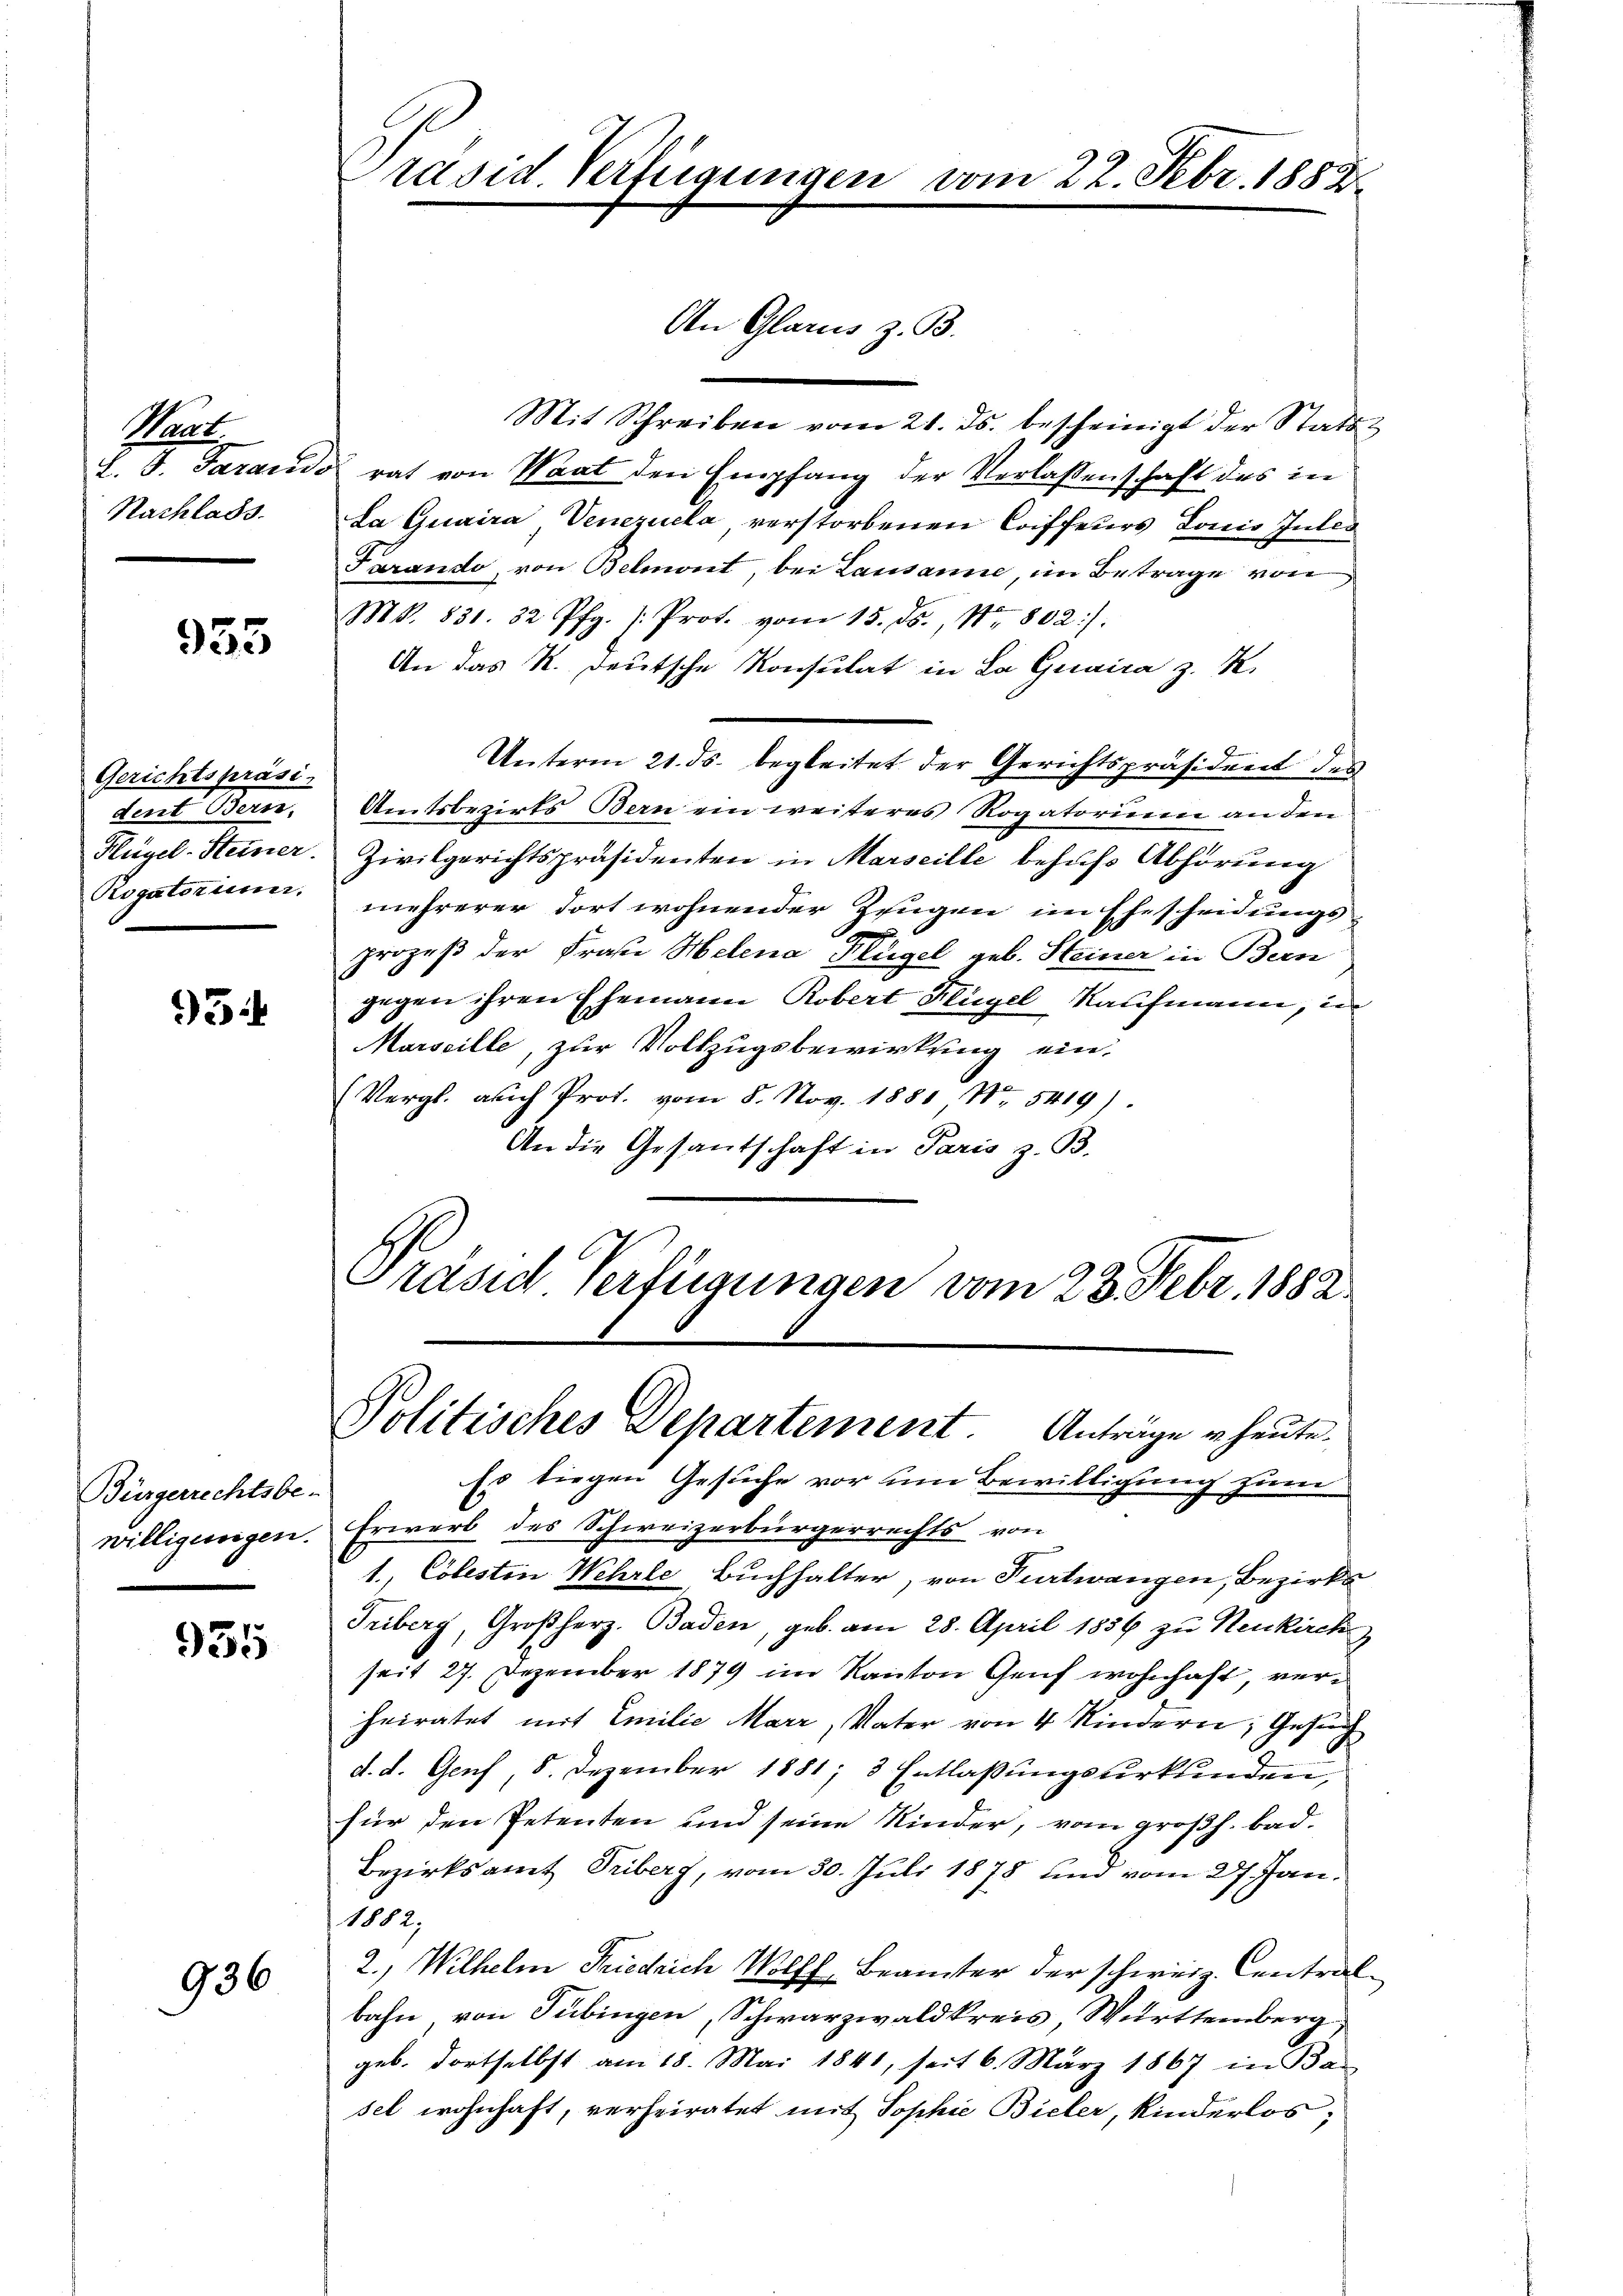
Mand
Nachlass.

955

Gerichtspräsi-
dent Bern,
Flügel-Steiner
Rogatorinne.

3

Bürgerrechtsbe-
willigungen.

955

936

Präsid. Verfügungen

An Glarus z. B.

Mit Schreiben vom 21. ds. bescheinigt der Stattl. J. Farando rat von Waat den Empfang der Verlassenschaft des in
La Quaira, Venezuela, verstorbenen Coiffeurs Lonio Inter
Farando, von Belmont, bei Lausanne, im Betrage von
Mt. 831. 32 Pfg. /: Prot. vom 15. ds., Nr. 802).
An das R. deutsche Konsulat in La Guaica z. K.
Unterm 21. ds. begleitet der Gerichtspräsident des
Amtsbezirks Bern ein weiteres Rogatorium an den
Zivilgerichtspräsidenten in Marseille behufs Abhörung
mehrerer dort wohnender Zeugen im Ehescheidungs-
prozeß der Frau Helena Flügel geb. Steiner in Bern
gegen ihren Ehemann Robert Flügel Kaufmann, in
Marseille, zur Vollzugsbewirkung ein¬
(Vergl. auch Prot. vom 8. Nov. 1881, No 5419)
An die Gesantschaft in Paris z. B.
Präsid Verfügungen vom 23. Febr. 1882

22. Febr. 1883.

Politisches Departement. Anträge u. heute.

Es liegen Gesuche vor um Bewilligung zum
Erwerb des Schweizerbürgerrechts von
1., Colesten Wehrle, Buchhalter, von Furtwangen, Bezirke
Triberg, Großherz. Baden, geb. am 28. April 1856 zu Neukirch
seit 27. Dezember 1879 im Kanton Genf wohnhaft, verheiratet mit Emilie Marr, Vater von 4 Kindern, Gesun
d. d. Genf, 5. Dezember 1881, 3 Entlaßungsurkunden
für den Petenten und seine Kinder, vom großh. Bad-
Bezirksamt Triberg, vom 30. Juli 1878 und vom 27. Jan.
1882.
2., Wilhelm Friedrich Wolff, Beamter der schweiz. Centralbahn von Tübingen, Schwarzwaldkreis, Württemberg
geb. dortselbst am 18. Mai 1841, seit 6. März 1867 in Ba-
sel wohnhaft, verheiratet mit Sophie Bieler, Kinderlos,